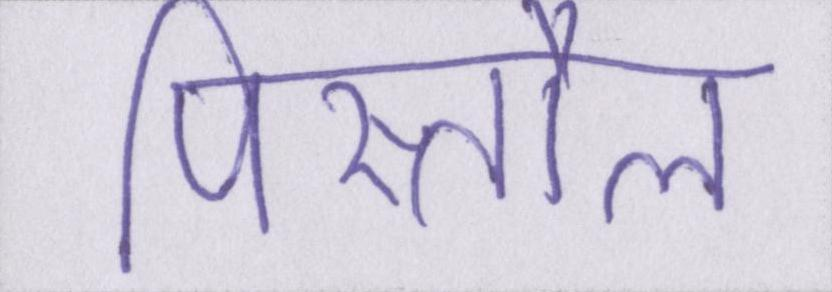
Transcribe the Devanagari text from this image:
पिस्तौल